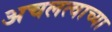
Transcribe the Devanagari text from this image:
अचलत्वाच्या